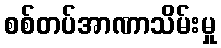
စစ်တပ်အာဏာသိမ်းမှု